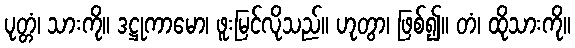
ပုတ္တံ၊ သားကို။ ဒဋ္ဌုကာမော၊ ဖူးမြင်လိုသည်။ ဟုတွာ၊ ဖြစ်၍။ တံ၊ ထိုသားကို။